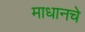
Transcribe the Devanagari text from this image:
माधानचे